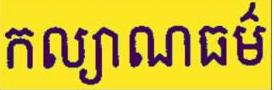
កល្យាណធម៍